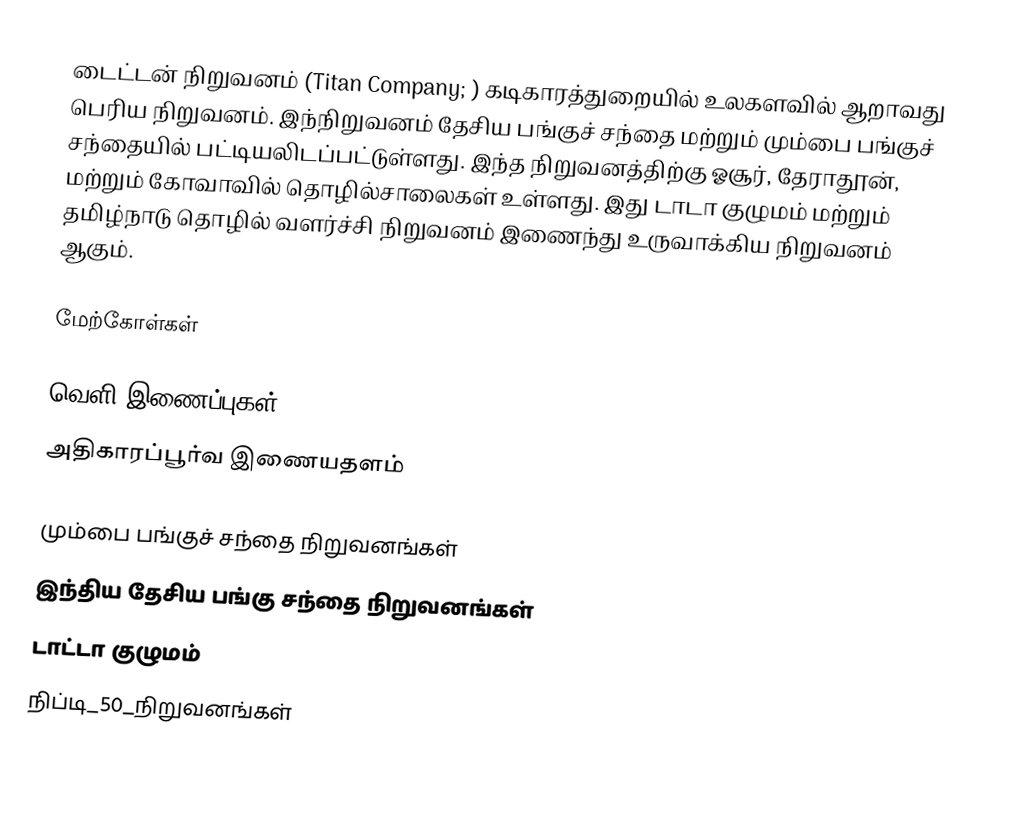
டைட்டன் நிறுவனம் (Titan Company; ) கடிகாரத்துறையில் உலகளவில் ஆறாவது பெரிய நிறுவனம். இந்நிறுவனம் தேசிய பங்குச் சந்தை மற்றும் மும்பை பங்குச் சந்தையில் பட்டியலிடப்பட்டுள்ளது. இந்த நிறுவனத்திற்கு ஓசூர், தேராதூன், மற்றும் கோவாவில் தொழில்சாலைகள் உள்ளது. இது டாடா குழுமம் மற்றும் தமிழ்நாடு தொழில் வளர்ச்சி நிறுவனம் இணைந்து உருவாக்கிய நிறுவனம் ஆகும்.

மேற்கோள்கள்

வெளி இணைப்புகள்
அதிகாரப்பூர்வ இணையதளம்

மும்பை பங்குச் சந்தை நிறுவனங்கள்
இந்திய தேசிய பங்கு சந்தை நிறுவனங்கள்
டாட்டா குழுமம்
நிப்டி_50_நிறுவனங்கள்